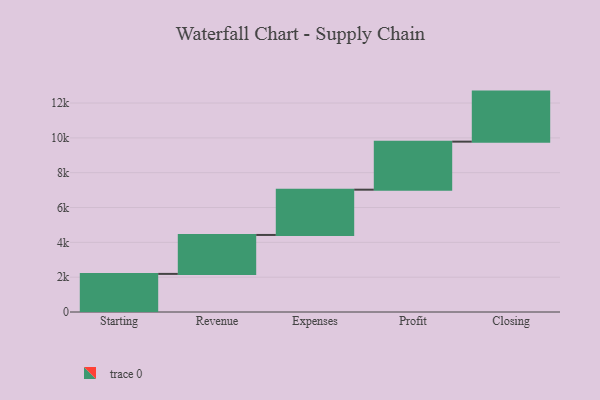
{"axis": {"x": "Step", "y": "Value"}, "legend": [""], "data": [{"x": "Starting", "y": 2188.0, "type": ""}, {"x": "Revenue", "y": 2237.0, "type": ""}, {"x": "Expenses", "y": 2600.0, "type": ""}, {"x": "Profit", "y": 2759.0, "type": ""}, {"x": "Closing", "y": 2874.0, "type": ""}]}